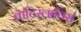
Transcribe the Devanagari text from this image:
व्राटिस्लाविस